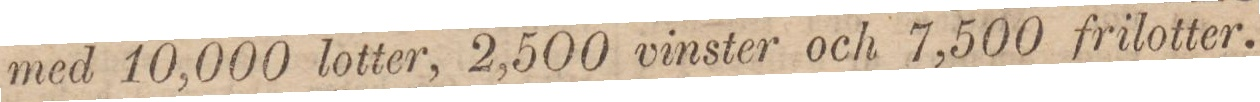
med 10,000 lotter, 2,500 vinster och 7,500 frilotter.